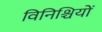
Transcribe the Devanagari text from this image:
विनिश्चियों